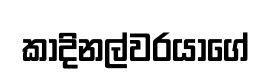
කාදිනල්වරයාගේ